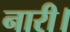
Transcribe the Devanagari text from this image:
नारी।